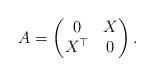
LaTeX: \begin{align*} A=\begin{pmatrix}0& X\\ X^\top & 0 \end{pmatrix}.\end{align*}